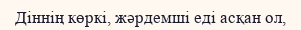
Діннің көркі, жәрдемші еді асқан ол,